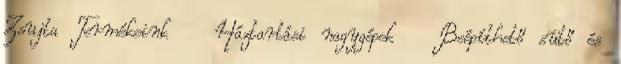
Zsujta Termékeink Háztartási nagygépek Beépíthető sütő és